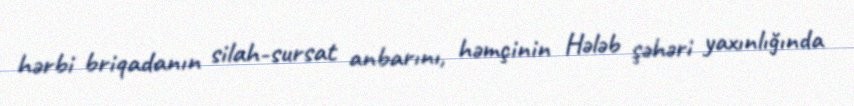
hərbi briqadanın silah-sursat anbarını, həmçinin Hələb şəhəri yaxınlığında